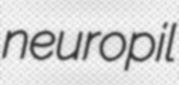
neuropil